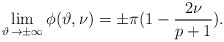
\begin{align*}\lim _{\vartheta \, \rightarrow \pm \infty }\phi (\vartheta ,\nu )=\pm \pi (1-\displaystyle\frac{2\nu }{p+1}).\end{align*}